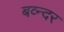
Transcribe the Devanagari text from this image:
बव्न्दर